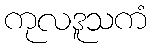
ကုလဒူသကံ